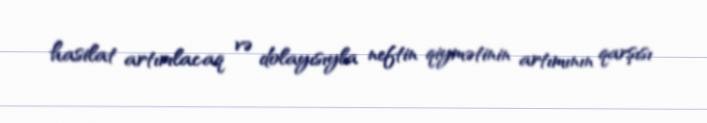
hasilat artırılacaq və dolayısıyla neftin qiymətinin artımının qarşısı